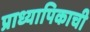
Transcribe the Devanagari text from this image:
प्राध्यापिकाची